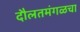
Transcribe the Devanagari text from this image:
दौलतमंगळचा